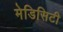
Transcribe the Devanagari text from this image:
मेडिसिटी